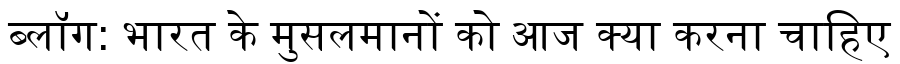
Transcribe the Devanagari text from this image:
ब्लॉग: भारत के मुसलमानों को आज क्या करना चाहिए